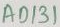
Text: AD131